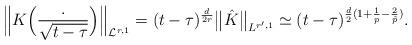
LaTeX: \begin{align*}\Big\|K\Big(\frac{.}{\sqrt{t - \tau}}\Big)\Big\|_{\mathcal{L}^{r,1}} = (t - \tau)^{\frac{d}{2r}}\big\|\hat K\big\|_{L^{r', 1}} \simeq (t - \tau)^{\frac{d}{2}(1+ \frac{1}{p} - \frac{2}{\tilde p})}.\end{align*}